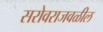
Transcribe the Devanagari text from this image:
सरोवराजवळील